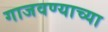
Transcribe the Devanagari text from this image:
गाजवण्याच्या